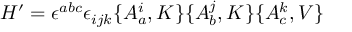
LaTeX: H ^ { \prime } = \epsilon ^ { a b c } \epsilon _ { i j k } \{ A _ { a } ^ { i } , K \} \{ A _ { b } ^ { j } , K \} \{ A _ { c } ^ { k } , V \}